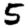
Digit: 5